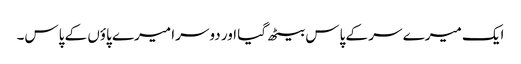
ایک میرے سر کے پاس بیٹھ گیا اور دوسرا میرے پاؤں کے پاس۔